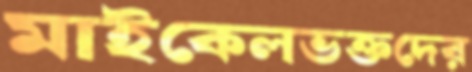
মাইকেলভক্তদের